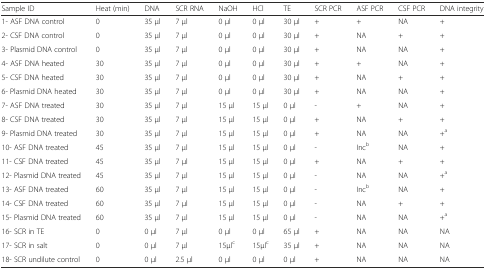
<table><thead><tr><td><b>Sample ID</b></td><td><b>Heat (min)</b></td><td><b>DNA</b></td><td><b>SCR RNA</b></td><td><b>NaOH</b></td><td><b>HCl</b></td><td><b>TE</b></td><td><b>SCR PCR</b></td><td><b>ASF PCR</b></td><td><b>CSF PCR</b></td><td><b>DNA integrity</b></td></tr></thead><tbody><tr><td>1- ASF DNA control</td><td>0</td><td>35 μl</td><td>7 μl</td><td>0 μl</td><td>0 μl</td><td>30 μl</td><td>+</td><td>+</td><td>NA</td><td>+</td></tr><tr><td>2- CSF DNA control</td><td>0</td><td>35 μl</td><td>7 μl</td><td>0 μl</td><td>0 μl</td><td>30 μl</td><td>+</td><td>NA</td><td>+</td><td>+</td></tr><tr><td>3- Plasmid DNA control</td><td>0</td><td>35 μl</td><td>7 μl</td><td>0 μl</td><td>0 μl</td><td>30 μl</td><td>+</td><td>NA</td><td>NA</td><td>+</td></tr><tr><td>4- ASF DNA heated</td><td>30</td><td>35 μl</td><td>7 μl</td><td>0 μl</td><td>0 μl</td><td>30 μl</td><td>+</td><td>+</td><td>NA</td><td>+</td></tr><tr><td>5- CSF DNA heated</td><td>30</td><td>35 μl</td><td>7 μl</td><td>0 μl</td><td>0 μl</td><td>30 μl</td><td>+</td><td>NA</td><td>+</td><td>+</td></tr><tr><td>6- Plasmid DNA heated</td><td>30</td><td>35 μl</td><td>7 μl</td><td>0 μl</td><td>0 μl</td><td>30 μl</td><td>+</td><td>NA</td><td>NA</td><td>+</td></tr><tr><td>7- ASF DNA treated</td><td>30</td><td>35 μl</td><td>7 μl</td><td>15 μl</td><td>15 μl</td><td>0 μl</td><td>-</td><td>+</td><td>NA</td><td>+</td></tr><tr><td>8- CSF DNA treated</td><td>30</td><td>35 μl</td><td>7 μl</td><td>15 μl</td><td>15 μl</td><td>0 μl</td><td>+</td><td>NA</td><td>+</td><td>+</td></tr><tr><td>9- Plasmid DNA treated</td><td>30</td><td>35 μl</td><td>7 μl</td><td>15 μl</td><td>15 μl</td><td>0 μl</td><td>+</td><td>NA</td><td>NA</td><td>+<sup>a</sup></td></tr><tr><td>10- ASF DNA treated</td><td>45</td><td>35 μl</td><td>7 μl</td><td>15 μl</td><td>15 μl</td><td>0 μl</td><td>-</td><td>Inc<sup>b</sup></td><td>NA</td><td>+</td></tr><tr><td>11- CSF DNA treated</td><td>45</td><td>35 μl</td><td>7 μl</td><td>15 μl</td><td>15 μl</td><td>0 μl</td><td>+</td><td>NA</td><td>+</td><td>+</td></tr><tr><td>12- Plasmid DNA treated</td><td>45</td><td>35 μl</td><td>7 μl</td><td>15 μl</td><td>15 μl</td><td>0 μl</td><td>-</td><td>NA</td><td>NA</td><td>+<sup>a</sup></td></tr><tr><td>13- ASF DNA treated</td><td>60</td><td>35 μl</td><td>7 μl</td><td>15 μl</td><td>15 μl</td><td>0 μl</td><td>-</td><td>Inc<sup>b</sup></td><td>NA</td><td>+</td></tr><tr><td>14- CSF DNA treated</td><td>60</td><td>35 μl</td><td>7 μl</td><td>15 μl</td><td>15 μl</td><td>0 μl</td><td>-</td><td>NA</td><td>+</td><td>+</td></tr><tr><td>15- Plasmid DNA treated</td><td>60</td><td>35 μl</td><td>7 μl</td><td>15 μl</td><td>15 μl</td><td>0 μl</td><td>-</td><td>NA</td><td>NA</td><td>+<sup>a</sup></td></tr><tr><td>16- SCR in TE</td><td>0</td><td>0 μl</td><td>7 μl</td><td>0 μl</td><td>0 μl</td><td>65 μl</td><td>+</td><td>NA</td><td>NA</td><td>NA</td></tr><tr><td>17- SCR in salt</td><td>0</td><td>0 μl</td><td>7 μl</td><td>15μl<sup>c</sup></td><td>15μl<sup>c</sup></td><td>35 μl</td><td>+</td><td>NA</td><td>NA</td><td>NA</td></tr><tr><td>18- SCR undilute control</td><td>0</td><td>0 μl</td><td>2.5 μl</td><td>0 μl</td><td>0 μl</td><td>0 μl</td><td>+</td><td>NA</td><td>NA</td><td>NA</td></tr></tbody></table>